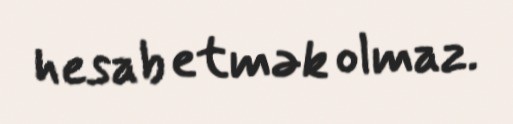
hesab etmək olmaz.